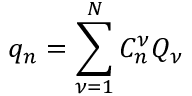
q _ { n } = \sum _ { \nu = 1 } ^ { N } C _ { n } ^ { \nu } Q _ { \nu }